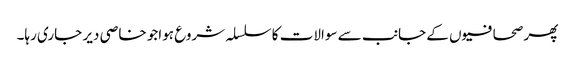
پھر صحافیوں کے جانب سے سوالات کا سلسلہ شروع ہواجو خاصی دیر جاری رہا۔